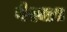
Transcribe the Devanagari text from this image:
वैश्यात